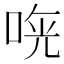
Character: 𠵰